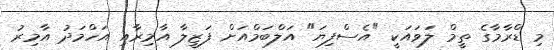
މި ޑްރާމާގެ ތީމް ލަވައަކީ "އެސްފިޔަ" އަލްބަމްއަށް ފަޒީލާ އާމިރާއި އަހްމަދު އާމިރު